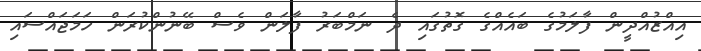
އިއްޒުއްދީން ފާލަމުގެ ބައެއްގެ ގޮތުގައި ދެ ނަމްބަރު ފާލަން ވެސް ބޭނުންކުރަން ހަމަޖައްސައި